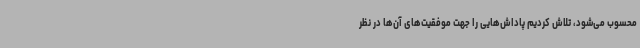
محسوب می‌شود، تلاش کردیم پاداش‌هایی را جهت موفقیت‌های آن‌ها در نظر